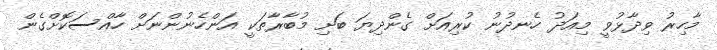
މާހިރު ވިދާޅުވީ މިއަދު ހެނދުނު ކުރިއަށް ގެންދިޔަ ބަށި މުބާރާތަކީ އަންހެނުންނަށް ހާއްސަކޮށްގެން